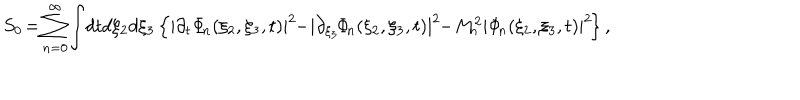
S _ { 0 } \! = \! \sum _ { n = 0 } ^ { \infty } \! \int \! d t d \xi _ { 2 } d \xi _ { 3 } \left\{ | \partial _ { t } \Phi _ { \! n } ( \xi _ { 2 } , \xi _ { 3 } , t ) | ^ { 2 } \! \! - \! | \partial _ { \xi _ { 3 } } \! \Phi _ { \! n } ( \xi _ { 2 } , \xi _ { 3 } , t ) | ^ { 2 } \! \! - \! M _ { \! n } ^ { 2 } | \Phi _ { \! n } ( \xi _ { 2 } , \xi _ { 3 } , t ) | ^ { 2 } \! \right\} ,